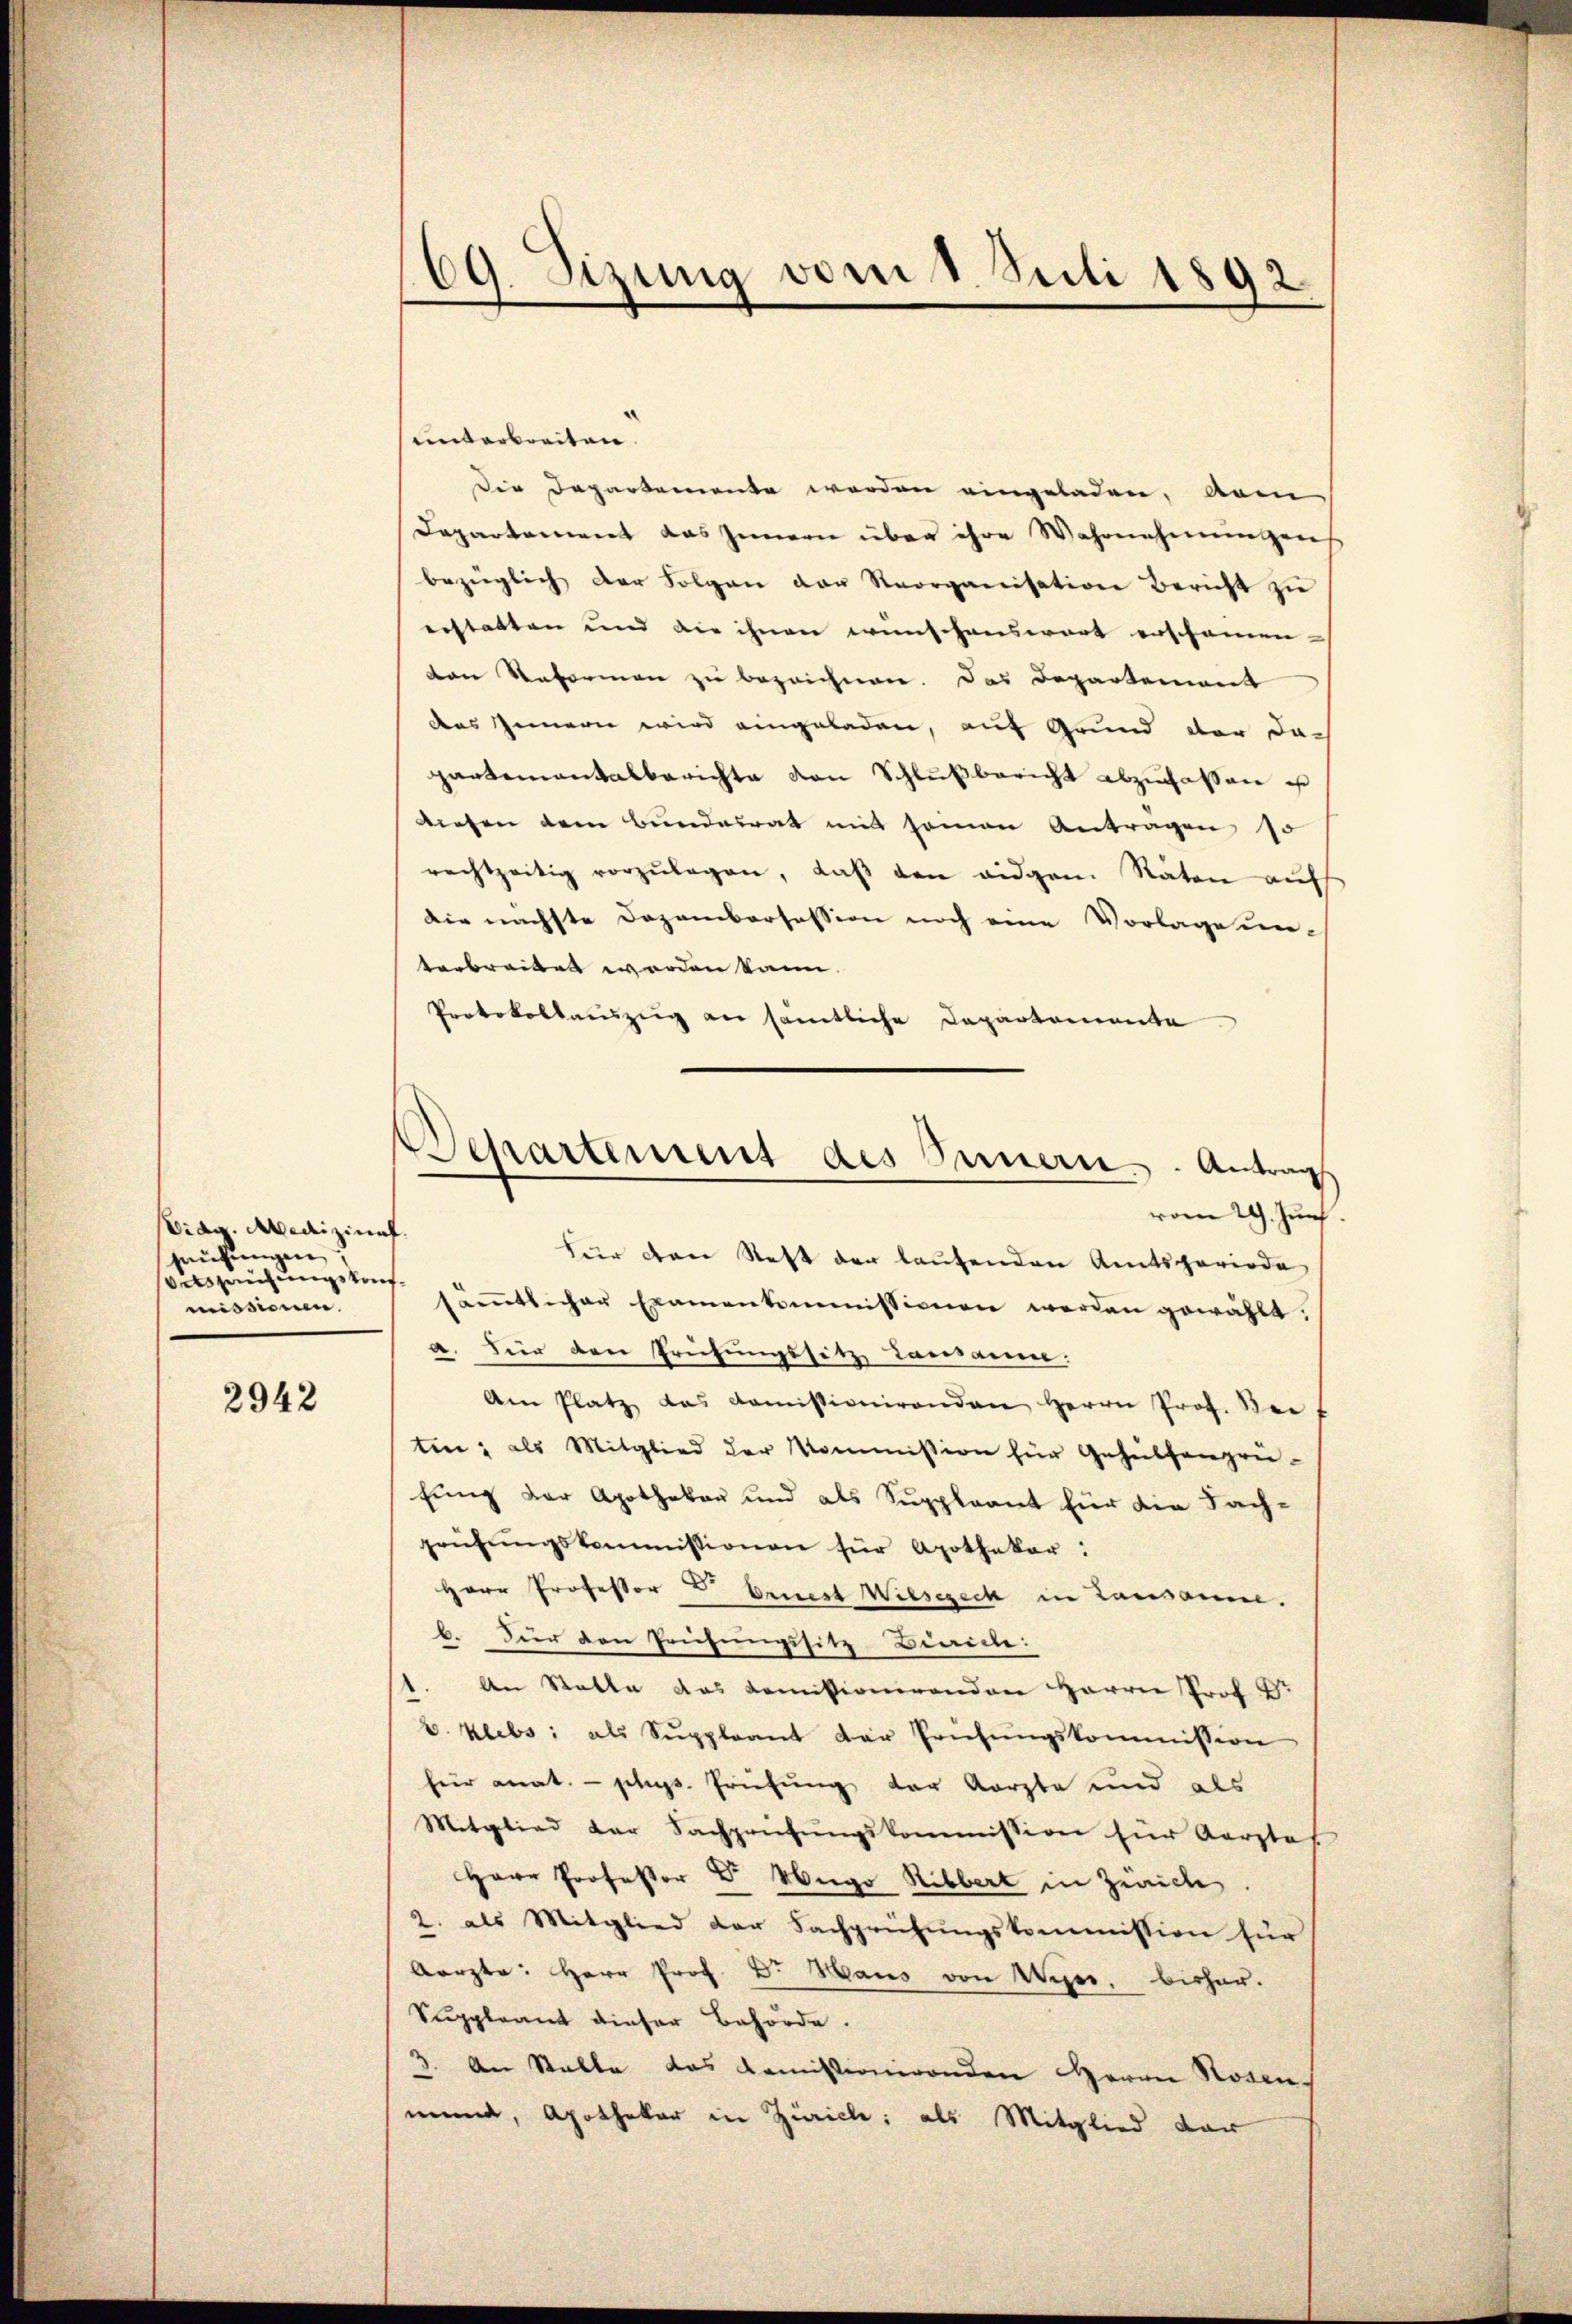
Didg. Medizinal.
prüfungen.
Oetszeichungskommissionen.

2942

69. Sizung vom 1. Juli 1892.

entarbreiten.
Die Departemente werden eingeladen, vom
Departement das Innern über ihre Wahrnehmungens
bezüglich der Folgen der Reorganisation bericht zu
erstatten und die ihnen wünschenswart erscheinen
von Reformen zu bezeichnen. Das Departement
das Zimern wird eingeladen, auf Grund der da-
partementalberichte von Schlußbericht abzufassen is
diesen dem Bundesrat mit somon Antragen, so
rechtzeitig vorzŭlegen, daβ den eidgen Räten aŭf
Die nächste Dozamborsession noch eine Vorlage unterbreiben werden kann.
Protokollaŭszŭg an sämtliche Departementa
Für den Steft der laufenden Amtsperiode
säṁtlicher Examenkommissionen werden gewählt:
a. Für den Prüfungssitz, Lausanne:
Am Platz das domissionirenden Herrn Prof. Bei-
ten; als Mitglied der Kommission für Gehülfengrü-
fung der Apothekar und als Suppleant für die Fachprüfŭngskommissionen für Apothekar:
Herr Professor  Ernest Wiesezech in Lausanne.
b. Für den Prüfungssitz-Biancke:
1. An Statte das Komissionirenden Herrn Prof. Br
b. Krebs, als Suppleant der Prüfŭngskommission
für anat. - phups. Prüfung der Aerzte und als
Mitglied der Sachprüfungskommission für Aerzte
Herr Professor Dr. Hugo Ribbert in Zürich.
2. als Mitglied der Fachprüfungskommission für
Aarzte: Herr Prof. B. Haus von Wiper, bishau-
Suppleant dieser Behörde.
3. An Stelle das Komissionirenden Herrn Rosen
mund, Apothekar in Züricle: als Mitglied dar

Departement des Innern. Antrag
vom 29. Jun.